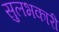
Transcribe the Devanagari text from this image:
सुलभकारी